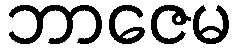
ဘာဇေမ